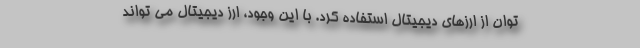
توان از ارزهای دیجیتال استفاده کرد. با این وجود، ارز دیجیتال می تواند